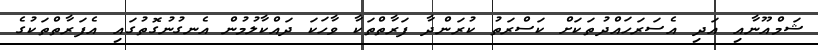
ޝަމްއޫނާއި އަދި އެސަރަހައްދުތަކަށް ކަސްރަތު ކުރަންދާ ފަރާތްތަކާ ވާހަކަ ދައްކާލުމުން އެނގުނުގޮތުގައި އެފަރާތްތަކުގެ